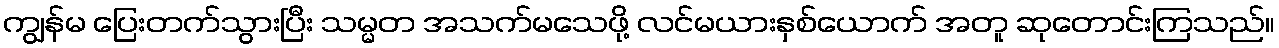
ကျွန်မ ပြေးတက်သွားပြီး သမ္မတ အသက်မသေဖို့ လင်မယားနှစ်ယောက် အတူ ဆုတောင်းကြသည်။